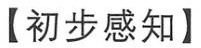
【初步感知】